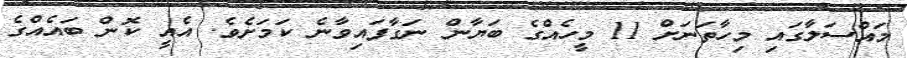
މައްސަލާގައި މިހާތަނަށް 11 މީހެއްގެ ބަޔާން ނަގާފައިވާނެ ކަމަށެވެ. އެއީ ކޮން ބައެއްގެ